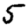
Digit: 5